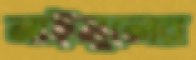
নাইমুলের